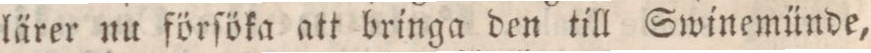
lärer nu förſöka att bringa den till Swinemünde,